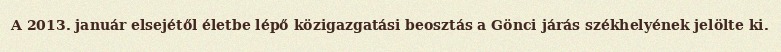
A 2013. január elsejétől életbe lépő közigazgatási beosztás a Gönci járás székhelyének jelölte ki.